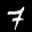
Label: 7